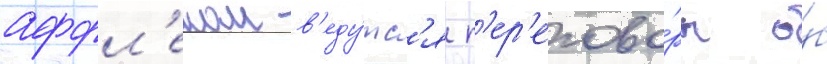
аффл'еком в'еду́тс'я п'ер'егово́ры о́б